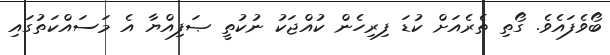
ބޯވެފައެވެ. ގޯތި ތެރެއަށް ކުޑަ ފިރިހެން ކުއްޖަކު ނުކުތީ ޞަފިއްޔާ އެ މަސައްކަތުގައި